Indian journal of veterinary science and animal husbandry - Volume 11,
Year: 1941
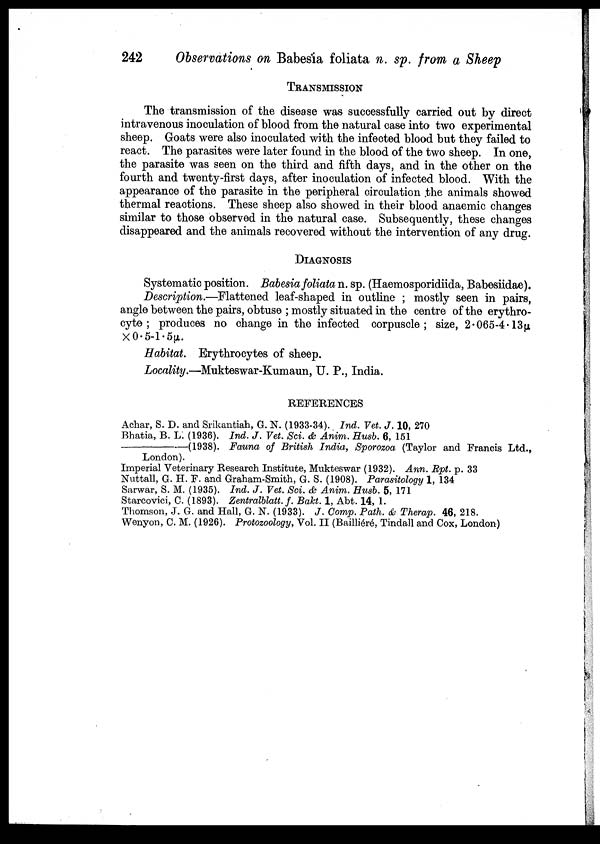
242
Observations on Babesia foliata n. sp. from a Sheep
TRANSMISSION
The transmission of the disease was successfully carried out by direct
intravenous inoculation of blood from the natural case into two experimental
sheep. Goats were also inoculated with the infected blood but they failed to
react. The parasites were later found in the blood of the two sheep. In one,
the parasite was seen on the third and fifth days, and in the other on the
fourth and twenty-first days, after inoculation of infected blood. With the
appearance of the parasite in the peripheral circulation the animals showed
thermal reactions. These sheep also showed in their blood anaemic changes
similar to those observed in the natural case. Subsequently, these changes
disappeared and the animals recovered without the intervention of any drug.
DIAGNOSIS
Systematic position. Babesia foliata n. sp. (Haemosporidiida, Babesiidae).
Description.—Flattened leaf-shaped in outline ; mostly seen in pairs,
angle between the pairs, obtuse ; mostly situated in the centre of the erythro
cyte ; produces no change in the infected corpuscle; size, 2.065-4.13μ
×0.5-l.5μ.
Habitat. Erythrocytes of sheep.
Locality.—Mukteswar-Kumaun, U. P., India.
REFERENCES
Achar, S. D. and Srikantiah, G. N. (1933-34). Ind. Vet. J. 10, 270
Bhatia, B. L. (1936). Ind. J. Vet. Sci. & Anim. Husb. 6, 151
——————(1938). Fauna of British India, Sporozoa (Taylor and Francis Ltd.,
London).
Imperial Veterinary Research Institute, Mukteswar (1932). Ann. Rpt. p. 33
Nuttall, G. H. F. and Graham-Smith, G. S. (1908). Parasitology 1, 134
Sarwar, S. M. (1935). Ind. J. Vet. Sci. & Anim. Husb. 5, 171
Starcovici, C (1893). Zentralblatt.f. Bakt. 1, Abt. 14, 1.
Thomson, J. G. and Hall, G. N. (1933). J. Comp. Path. & Therap. 46, 218.
Wenyon, C. M. (1926). Protozoology, Vol. II (Bailliéré, Tindall and Cox, London)